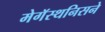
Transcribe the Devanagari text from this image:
मेगॅस्थनिसने